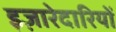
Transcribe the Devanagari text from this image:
इज़ारेदारियों